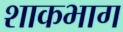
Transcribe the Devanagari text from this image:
शाकभाग